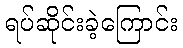
ရပ်ဆိုင်းခဲ့ကြောင်း